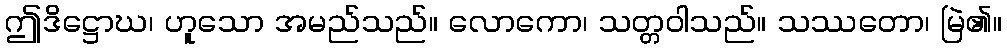
ဤဒိဋ္ဌောဃ၊ ဟူသော အမည်သည်။ လောကော၊ သတ္တဝါသည်။ သဿတော၊ မြဲ၏။